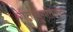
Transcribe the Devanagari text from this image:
गतानुगतिकता